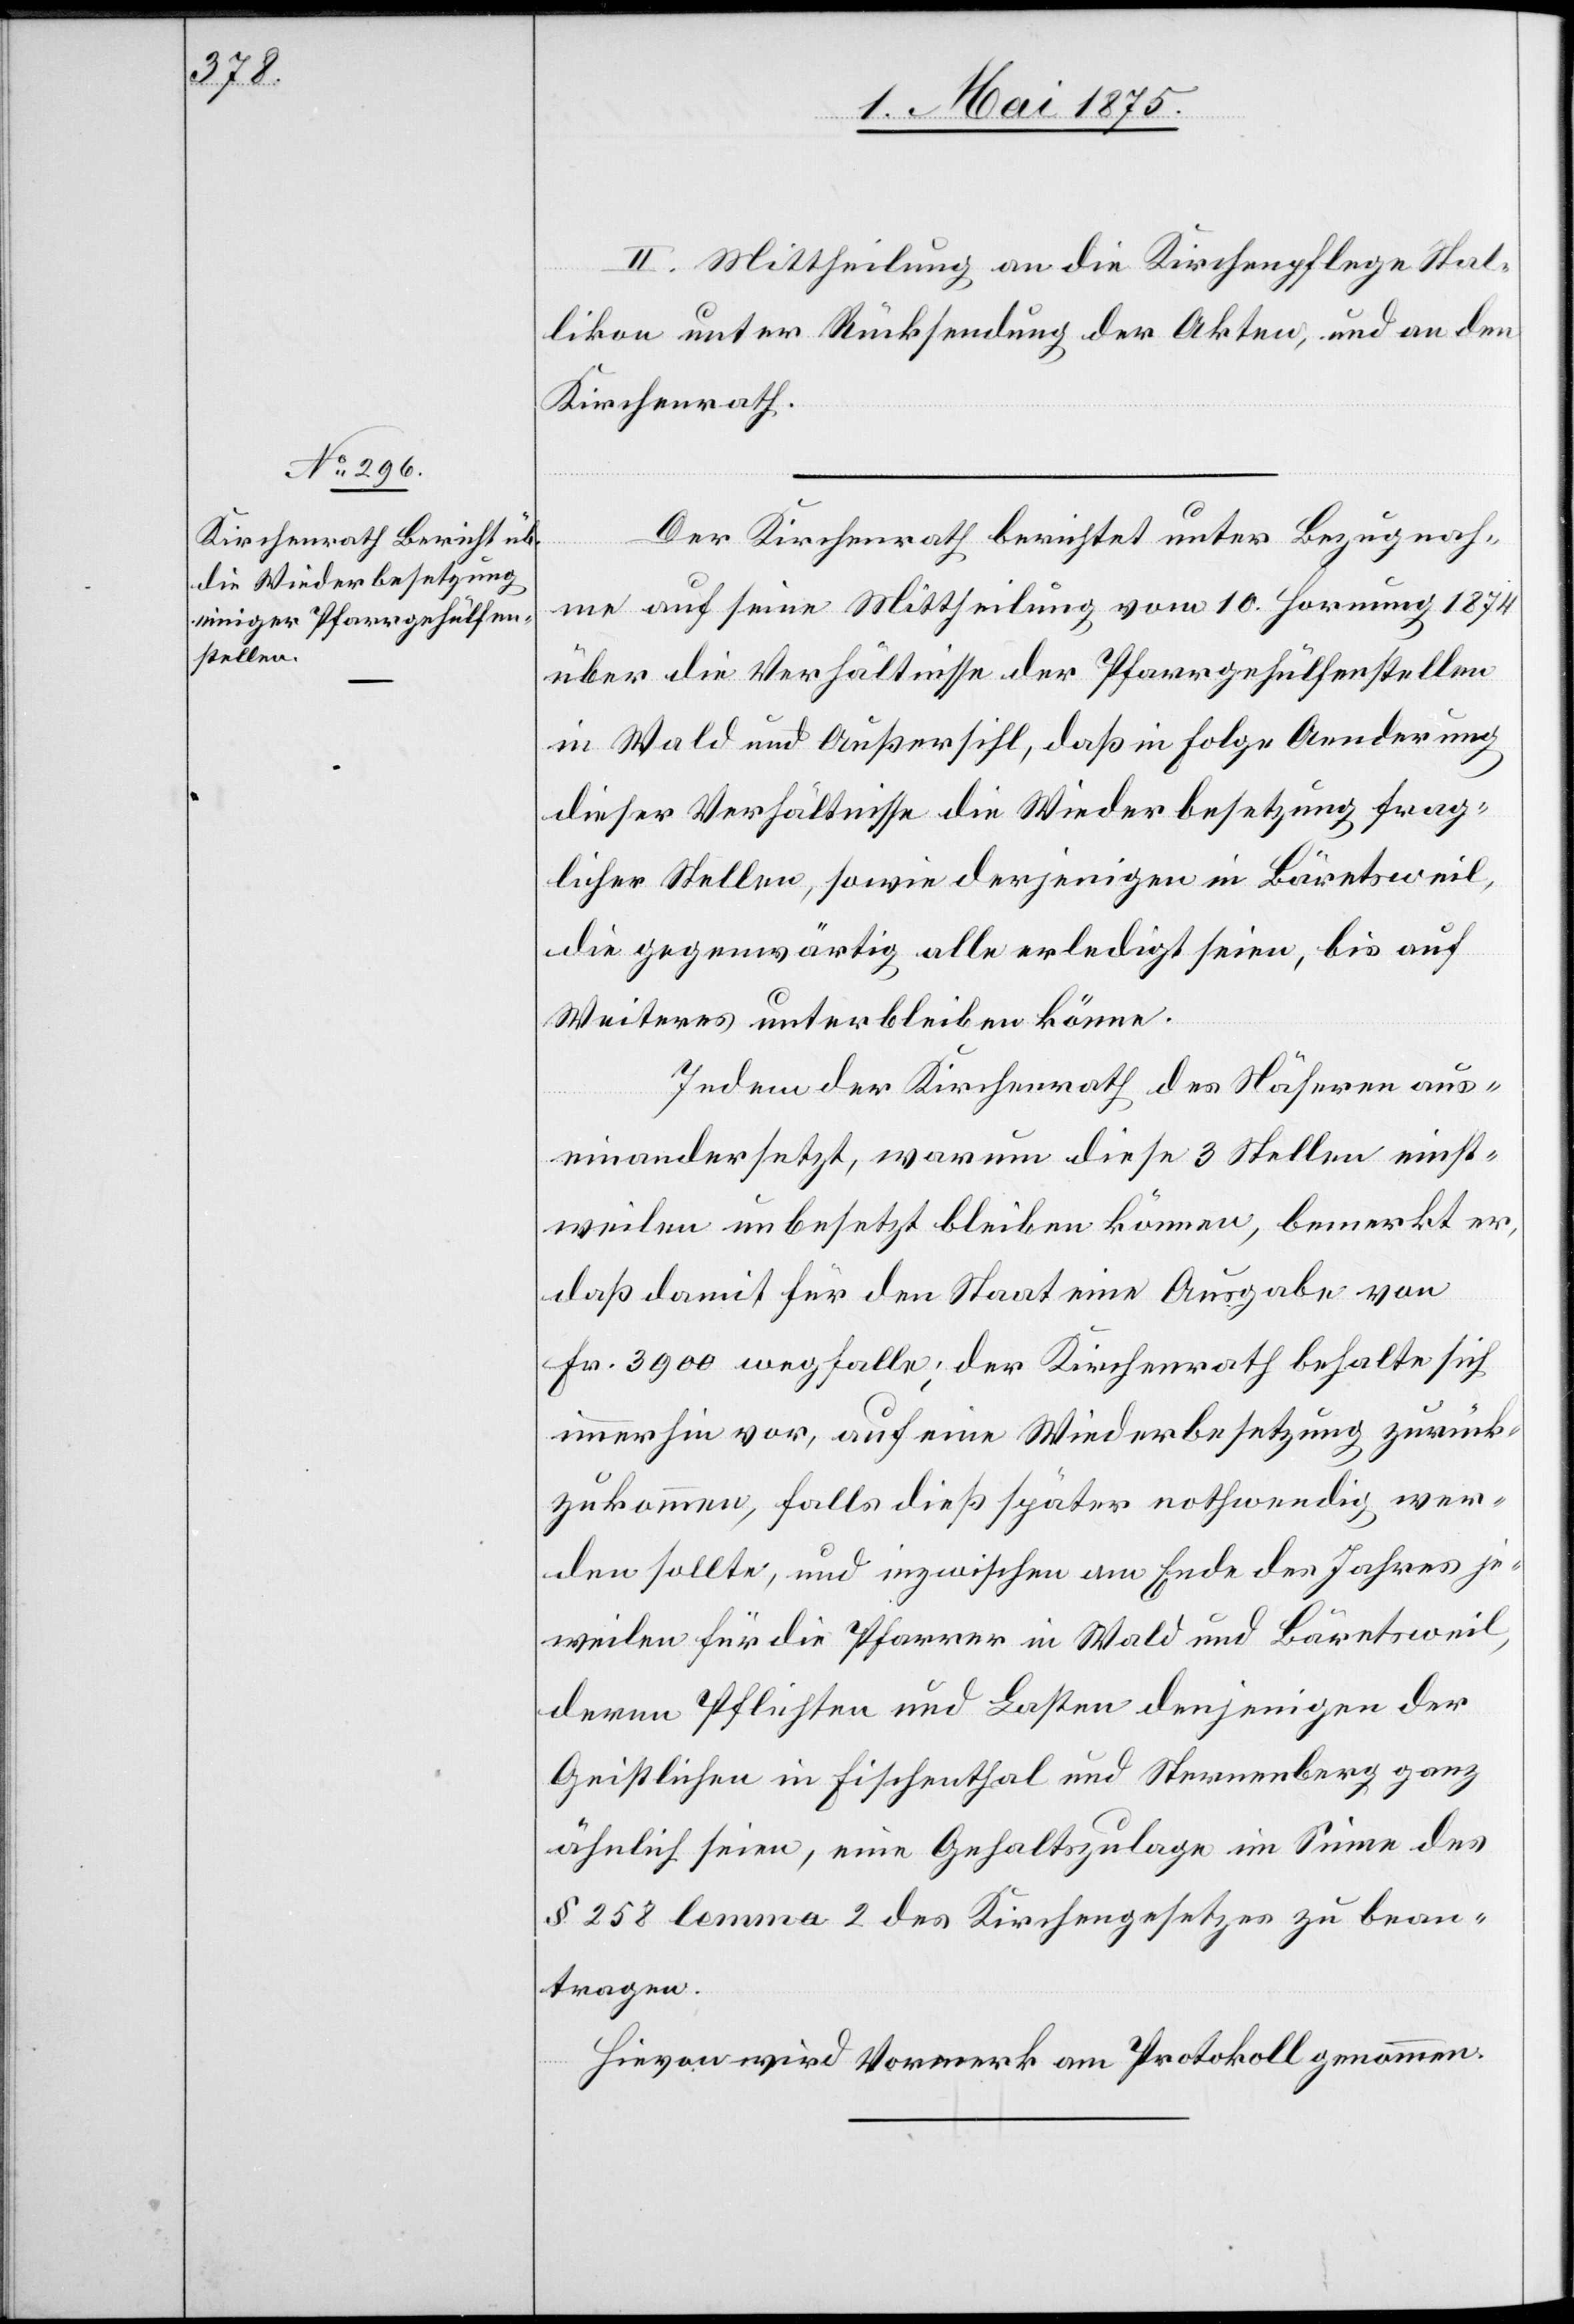
II. Mittheilung an die Kirchenpflege Stal¬
likon unter Rücksendung der Akten, und an den
Kirchenrath.
Kirchenrath berichtet unter Bezugnah¬
me auf seine Mittheilung vom 10. Hornung 1874
über die Verhältnisse der Pfarrgehülfenstellen
in Wald und Außersihl, daß in Folge Aenderung
dieser Verhältnisse die Wiederbesetzung frag¬
licher Stellen, sowie derjenigen in Bäretsweil,
die gegenwärtig alle erledigt seien, bis auf
Weiteres unterbleiben könne.
Indem der Kirchenrath des Nähern aus¬
einandersetzt, warum diese 3 Stellen einst¬
weilen unbesetzt bleiben können, bemerkt er,
daß damit für den Staat eine Ausgabe von
Fr. 3900 wegfallen; der Kirchenrath behalte sich
immerhin vor, auf eine Wiederbesetzung zurück¬
zukommen, falls dieß später nothwendig wer¬
den sollte, und inzwischen am Ende des Jahres je¬
weilen für die Pfarrer in Wald und Bäretsweil,
deren Pflichten und Lasten denjenigen der
Geistlichen in Fischenthal und Sternenberg ganz
ähnlich seien, eine Gehaltszulage im Sinne des
§ 258 lemma 2 des Kirchengesetzes zu bean¬
tragen.
Hievon wird Vormerk am Protokoll genommen.